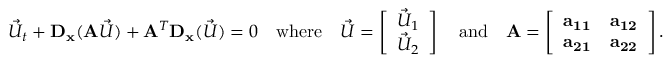
\vec { U } _ { t } + { \bf D _ { x } } ( { \bf A } \vec { U } ) + { \bf A } ^ { T } { \bf D _ { x } } ( \vec { U } ) = 0 \quad \mathrm { w h e r e } \quad \vec { U } = \left[ \begin{array} { l } { \vec { U } _ { 1 } } \\ { \vec { U } _ { 2 } } \end{array} \right] \quad \mathrm { a n d } \quad { \bf A } = \left[ \begin{array} { l l } { { \bf a _ { 1 1 } } } & { { \bf a _ { 1 2 } } } \\ { { \bf a _ { 2 1 } } } & { { \bf a _ { 2 2 } } } \end{array} \right] .